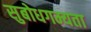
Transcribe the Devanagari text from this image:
सुबोधगम्यता